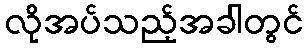
လိုအပ်သည့်အခါတွင်